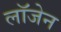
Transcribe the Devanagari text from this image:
लॉजेन